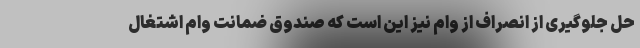
حل جلوگیری از انصراف از وام نیز این است که صندوق ضمانت وام اشتغال